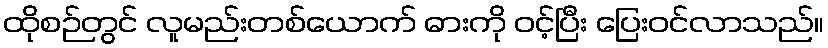
ထိုစဉ်တွင် လူမည်းတစ်ယောက် ဓားကို ဝင့်ပြီး ပြေးဝင်လာသည်။